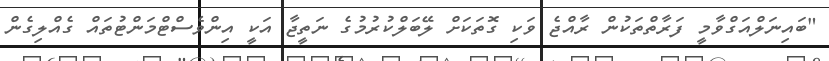
"ބައިނަލްއަގްވާމީ ފަރާތްތަކުން ރާއްޖެ ވަކި ގޮތަކަށް ލޭބަލްކުރުމުގެ ނަތީޖާ އަކީ އިންވެސްޓްމަންޓުތައް ގެއްލިގެން